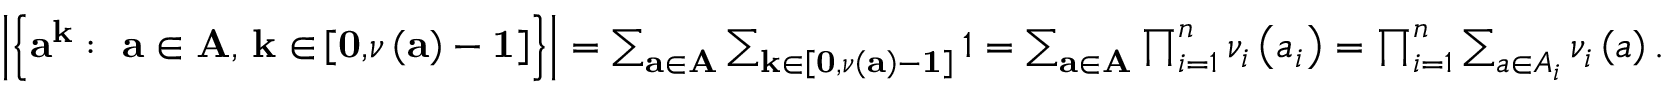
\begin{array} { r } { \left\vert \left\{ \mathbf { a } ^ { \mathbf { k } } : \mathrm { ~ } \mathbf { a \in A } \mathrm { , ~ } \mathbf { k \in } \left[ \mathbf { 0 , } \nu \left( \mathbf { a } \right) - \mathbf { 1 } \right] \right\} \right\vert = \sum _ { \mathbf { a \in A } } \sum _ { \mathbf { k \in } \left[ \mathbf { 0 , } \nu \left( \mathbf { a } \right) - \mathbf { 1 } \right] } 1 = \sum _ { \mathbf { a \in A } } \prod _ { i = 1 } ^ { n } \nu _ { i } \left( a _ { i } \right) = \prod _ { i = 1 } ^ { n } \sum _ { a \in A _ { i } } \nu _ { i } \left( a \right) . } \end{array}